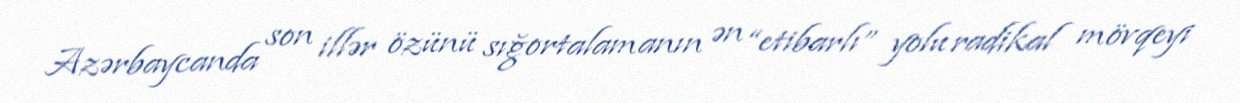
Azərbaycanda son illər özünü sığortalamanın ən “etibarlı” yolu radikal mövqeyi